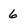
Character: 6